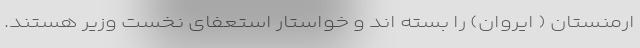
ارمنستان ( ایروان) را بسته اند و خواستار استعفای نخست وزیر هستند.